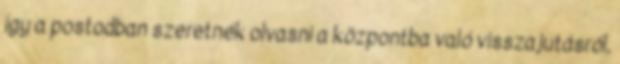
így a postodban szeretnék olvasni a központba való visszajutásról,